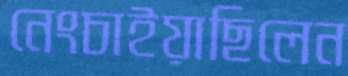
নেংচাইয়াছিলেন